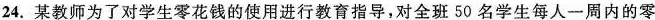
24.某教师为了对学生零花钱的使用进行教育指导，对全班50名学生每人一周内的零